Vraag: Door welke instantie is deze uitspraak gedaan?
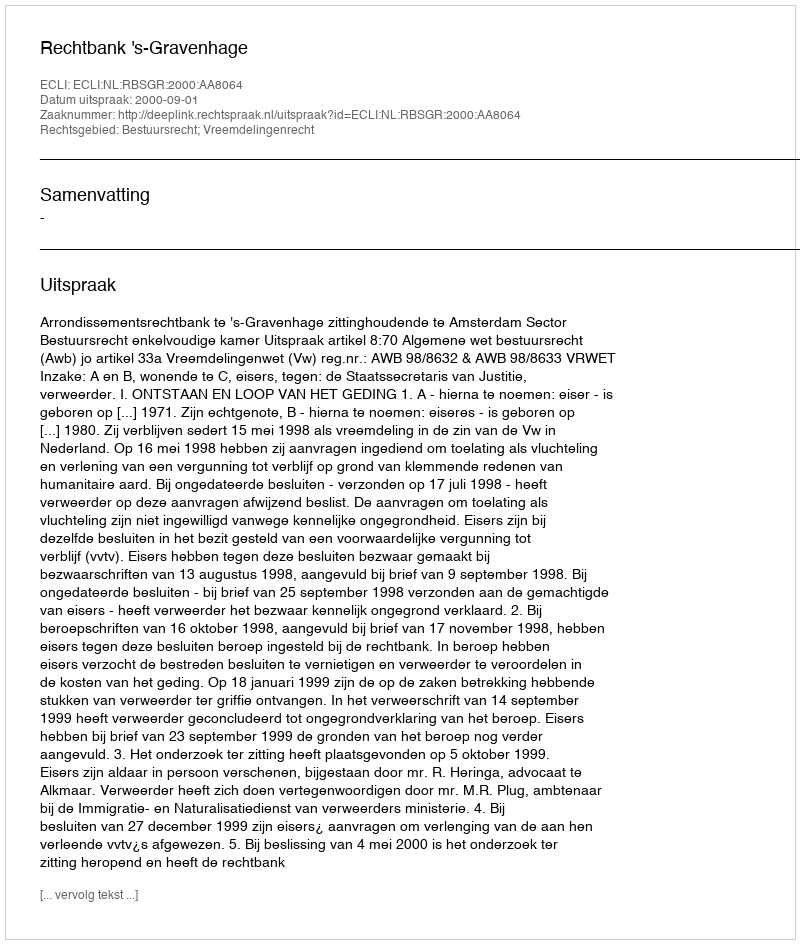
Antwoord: Rechtbank 's-Gravenhage